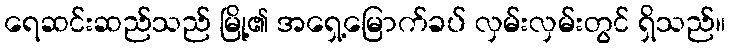
ရေဆင်းဆည်သည် မြို့၏ အရှေ့မြောက်ခပ် လှမ်းလှမ်းတွင် ရှိသည်။